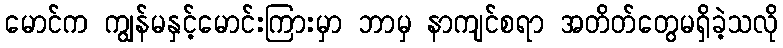
မောင်က ကျွန်မနှင့်မောင်းကြားမှာ ဘာမှ နာကျင်စရာ အတိတ်တွေမရှိခဲ့သလို